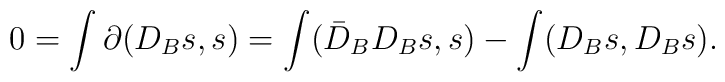
0= \int \partial (D_B s, s)= \int (\bar D_B D_B s, s) -\int (D_B s, D_B s).